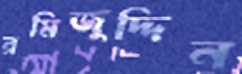
রমিজুদ্দিন